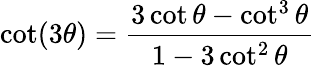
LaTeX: \cot(3\theta)={\frac{3\cot\theta-\cot^{3}\theta}{1-3\cot^{2}\theta}}